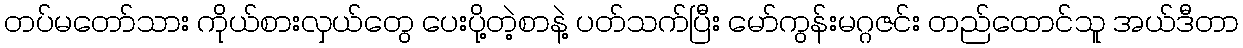
တပ်မတော်သား ကိုယ်စားလှယ်တွေ ပေးပို့တဲ့စာနဲ့ ပတ်သက်ပြီး မော်ကွန်းမဂ္ဂဇင်း တည်ထောင်သူ အယ်ဒီတာ